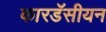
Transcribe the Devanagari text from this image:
कारडॅसीयन